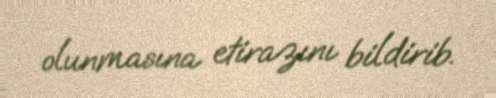
olunmasına etirazını bildirib.